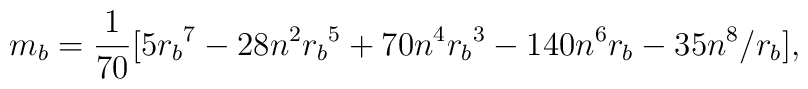
m_b={1\over 70}[5{r_b}^7 - 28n^{2}{r_b}^5 + 70n^4{r_b}^3 - 140n^{6}{r_b}-    35n^8/r_b]    ,